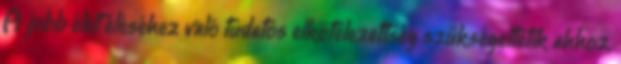
A jobb élet éléséhez való tudatos elkötelezettség szükségeltetik ahhoz,